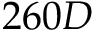
2 6 0 D